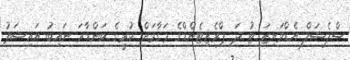
ސްޕެޝަލް އެޑްވައިޒަ ޓު ދަ ޕްރެޒިޓެންޑްގެ މަގާމަށް ކުރީގެ ބަންޑާރަ ނައިބު އައިޝަތު